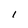
Character: 1